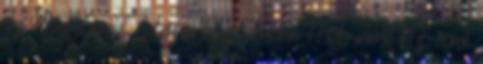
az élbolyban. Idén a hazánkban több mint tíz évvel